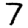
Digit: 7